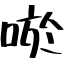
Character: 唹